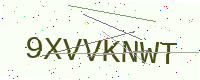
Text: 9XVVKNWT